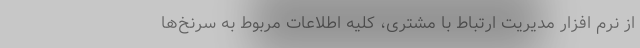
از نرم افزار مدیریت ارتباط با مشتری، کلیه اطلاعات مربوط به سرنخ‌ها